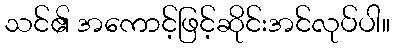
သင်၏ အကောင့်ဖြင့်ဆိုင်းအင်လုပ်ပါ။